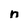
Character: n